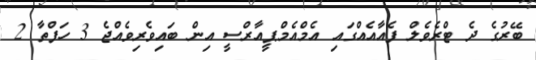
ބޭރުގެ ދެ ޓްރެވެލް ފެއާއެއްގައި އެމްއެމްޕީއާރްސީ އިން ބައިވެރިވެއްޖެ 3 ހަފްތާ 2